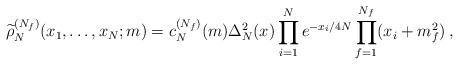
\begin{align*} \widetilde\rho_N^{(N_f)}(x_1,\ldots,x_N;m)=c_N^{(N_f)}(m) \Delta_N^2(x)\prod_{i=1}^Ne^{-x_i/4N} \prod_{f=1}^{N_f}(x_i+m_f^2)\:,\end{align*}